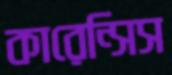
কারেন্সিস